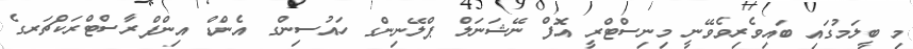
މި ބީލަމުގައި ބައިވެރިވެވޭނީ މިނިސްޓްރީ އޮފް ނޭޝަނަލް ޕްލޭނިންގ ހައުސިންގ އެންޑް އިންފްރާސްޓްރަކްޗަރގެ